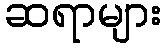
ဆရာများ